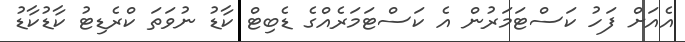
އެއަށް ފަހު ކަސްޓަމަރުން އެ ކަސްޓަމަރެއްގެ ޑެބިޓް ކާޑު ނުވަތަ ކްރެޑިޓު ކާޑުކާޑު